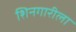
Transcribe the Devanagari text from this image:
शिनगारीला